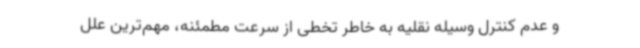
و عدم کنترل وسیله نقلیه به خاطر تخطی از سرعت مطمئنه، مهم‌ترین علل